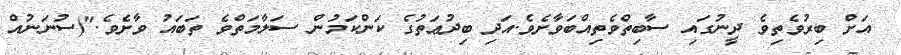
އަށް ބިރުވެތިވެ ދީނުގައި ސާބިތްވެތިއްބަވާށެވެ.އަދި ބިދުޢަތުގެ ކަންކަމުން ސަލާމަތްވެ ތަބައު ވާށެވެ."(ސުނަނުއް